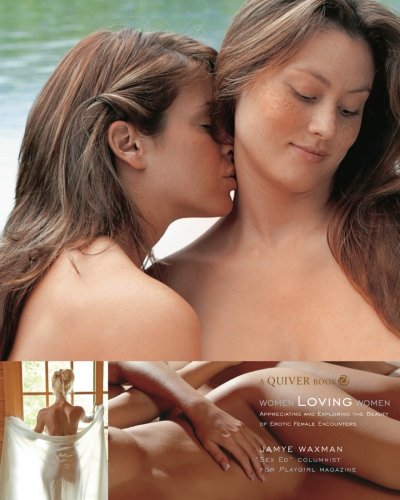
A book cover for Women Loving Women; Jamye Waxman; Gay & Lesbian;